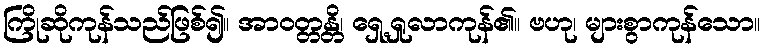
ကြိုဆိုကုန်သည်ဖြစ်၍။ အာဝတ္တန္တိ၊ ရှေ့ရှုလာကုန်၏။ ဗဟု၊ များစွာကုန်သော။